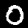
Digit: 0